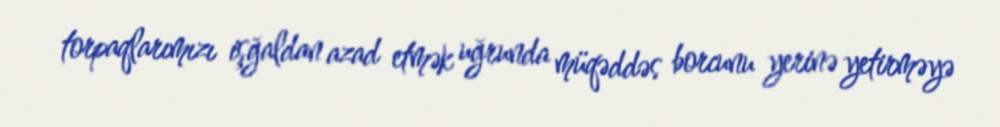
torpaqlarımızı işğaldan azad etmək uğrunda müqəddəs borcunu yerinə yetirməyə